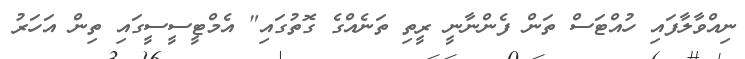
ނިއްވާލާފައި ހުއްޓަސް ތަން ފެންނާނީ ރީތި ތަނެއްގެ ގޮތުގައި" އެމްޓީސީސީގައި ތިން އަހަރު